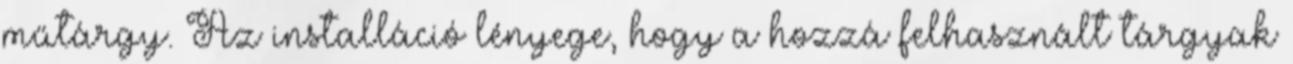
műtárgy. Az installáció lényege, hogy a hozzá felhasznált tárgyak